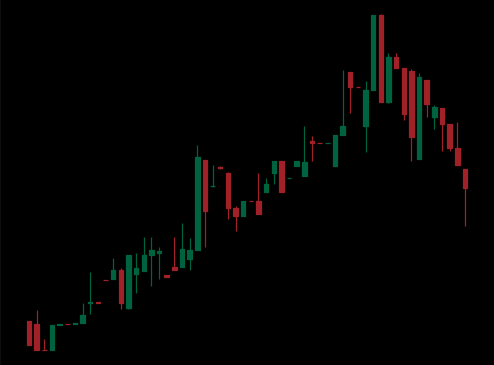
Pattern: bear_flag